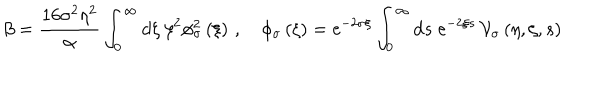
\beta = \frac { 1 6 \sigma ^ { 2 } \eta ^ { 2 } } { \alpha } \int _ { 0 } ^ { \infty } \mathrm { d } \xi \; \xi ^ { 2 } \phi _ { \sigma } ^ { 2 } \left( \xi \right) \, , \quad \phi _ { \sigma } \left( \xi \right) = \mathrm { e } ^ { - 2 \sigma \xi } \int _ { 0 } ^ { \infty } \mathrm { d } s \; \mathrm { e } ^ { - 2 \xi s } \, { \cal V } _ { \sigma } \left( \eta , \zeta , s \right)